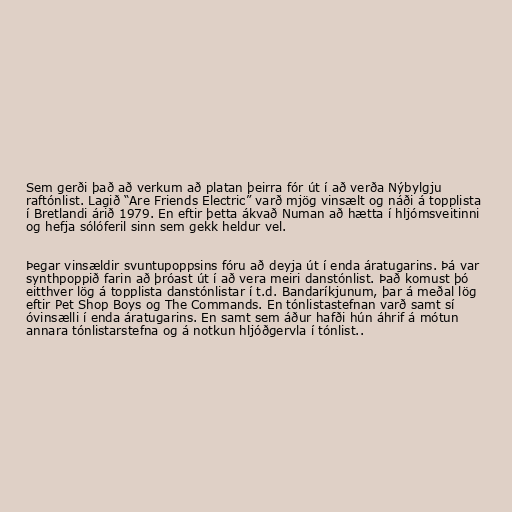
Sem gerði það að verkum að platan þeirra fór út í að verða Nýbylgju
raftónlist. Lagið “Are Friends Electric” varð mjög vinsælt og náði á topplista
í Bretlandi árið 1979. En eftir þetta ákvað Numan að hætta í hljómsveitinni
og hefja sólóferil sinn sem gekk heldur vel.

Þegar vinsældir svuntupoppsins fóru að deyja út í enda áratugarins. Þá var
synthpoppið farin að þróast út í að vera meiri danstónlist. Það komust þó
eitthver lög á topplista danstónlistar í t.d. Bandaríkjunum, þar á meðal lög
eftir Pet Shop Boys og The Commands. En tónlistastefnan varð samt sí
óvinsælli í enda áratugarins. En samt sem áður hafði hún áhrif á mótun
annara tónlistarstefna og á notkun hljóðgervla í tónlist..